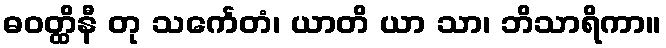
ဓဝတ္ထိနီ တု သင်္ကေတံ၊ ယာတိ ယာ သာ၊ ဘိသာရိကာ။